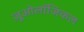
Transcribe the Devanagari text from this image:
ज़ूओलॉजिकल